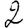
Digit: 2